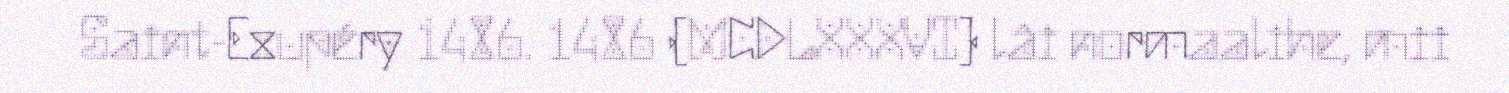
Saint-Exupéry 1486. 1486 (MCDLXXXVI) lâi normaalihe, mii